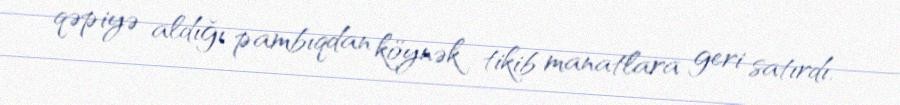
qəpiyə aldığı pambıqdan köynək tikib manatlara geri satırdı.